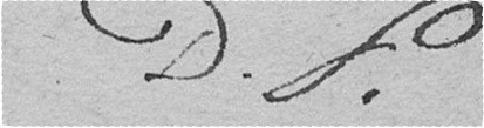
D. F.